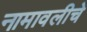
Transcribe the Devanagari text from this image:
नामावलीचे